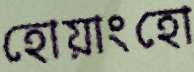
হোয়াংহো